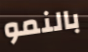
بالنمو